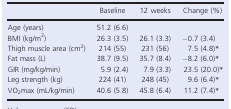
|  | Baseline | 12 weeks | Change (%) |
 | --- | --- | --- | --- |
 | Age (years) | 51.2 (6.6) |  |  |
 | BMI (kg/m2) | 26.3 (3.5) | 26.1 (3.3) | −0.7 (3.4) |
 | Thigh muscle area (cm2) | 214 (55) | 231 (56) | 7.5 (4.8)* |
 | Fat mass (L) | 38.7 (9.5) | 35.7 (8.4) | −8.2 (6.0)* |
 | GIR (mg/kg/min) | 5.9 (2.4) | 7.9 (3.3) | 23.5 (20.0)* |
 | Leg strength (kg) | 224 (41) | 248 (45) | 9.6 (6.4)* |
 | VO2max (mL/kg/min) | 40.6 (5.8) | 45.8 (6.4) | 11.2 (7.4)* |